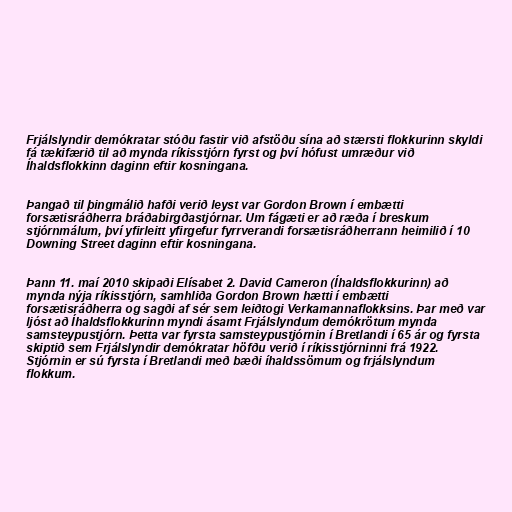
Frjálslyndir demókratar stóðu fastir við afstöðu sína að stærsti flokkurinn skyldi
fá tækifærið til að mynda ríkisstjórn fyrst og því hófust umræður við
Íhaldsflokkinn daginn eftir kosningana.

Þangað til þingmálið hafði verið leyst var Gordon Brown í embætti
forsætisráðherra bráðabirgðastjórnar. Um fágæti er að ræða í breskum
stjórnmálum, því yfirleitt yfirgefur fyrrverandi forsætisráðherrann heimilið í 10
Downing Street daginn eftir kosningana.

Þann 11. maí 2010 skipaði Elísabet 2. David Cameron (Íhaldsflokkurinn) að
mynda nýja ríkisstjórn, samhliða Gordon Brown hætti í embætti
forsætisráðherra og sagði af sér sem leiðtogi Verkamannaflokksins. Þar með var
ljóst að Íhaldsflokkurinn myndi ásamt Frjálslyndum demókrötum mynda
samsteypustjórn. Þetta var fyrsta samsteypustjórnin í Bretlandi í 65 ár og fyrsta
skiptið sem Frjálslyndir demókratar höfðu verið í ríkisstjórninni frá 1922.
Stjórnin er sú fyrsta í Bretlandi með bæði íhaldssömum og frjálslyndum
flokkum.